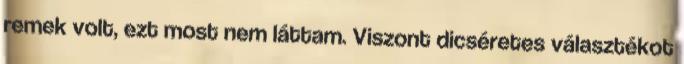
remek volt, ezt most nem láttam. Viszont dicséretes választékot